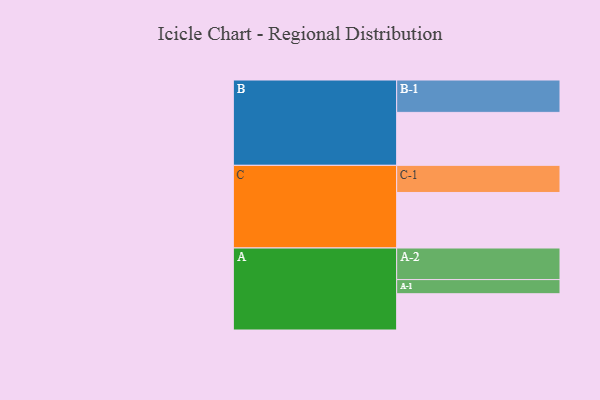
{"axis": {"x": "Segment", "y": "Value"}, "legend": ["", "A", "B", "C"], "data": [{"x": "A", "y": 326, "type": ""}, {"x": "B", "y": 476, "type": ""}, {"x": "C", "y": 499, "type": ""}, {"x": "A-1", "y": 127, "type": "A"}, {"x": "A-2", "y": 284, "type": "A"}, {"x": "B-1", "y": 291, "type": "B"}, {"x": "C-1", "y": 244, "type": "C"}]}